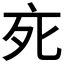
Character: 𬽇